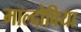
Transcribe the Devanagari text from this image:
माल्दोविया